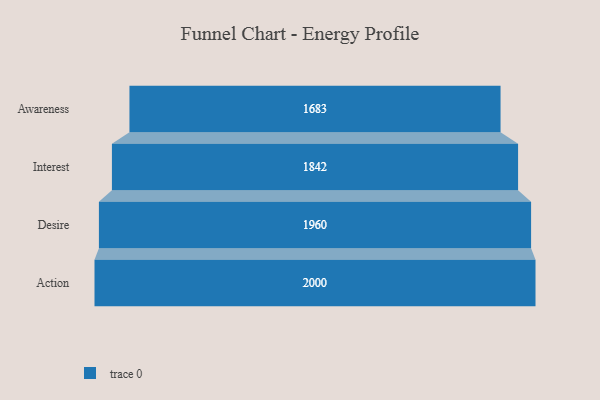
{"axis": {"x": "Stage", "y": "Value"}, "legend": [""], "data": [{"x": "Awareness", "y": 1683.0, "type": ""}, {"x": "Interest", "y": 1842.0, "type": ""}, {"x": "Desire", "y": 1960.0, "type": ""}, {"x": "Action", "y": 2000, "type": ""}]}